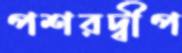
পশরদ্বীপ